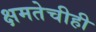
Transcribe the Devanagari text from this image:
क्षमतेचीही